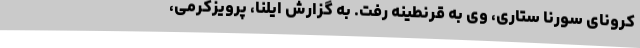
کرونای سورنا ستاری، وی به قرنطینه رفت. به گزارش ایلنا، پرویزکرمی،